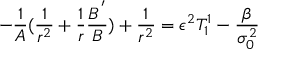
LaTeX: - \frac { 1 } { A } ( \frac { 1 } { r ^ { 2 } } + \frac { 1 } { r } \frac { B ^ { ' } } { B } ) + \frac { 1 } { r ^ { 2 } } = \epsilon ^ { 2 } T _ { 1 } ^ { 1 } - \frac { \beta } { \sigma _ { 0 } ^ { 2 } }